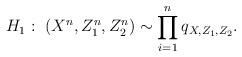
LaTeX: \begin{align*}H_1: \ (X^{n},Z^{n}_{1},Z^{n}_{2}) \sim \prod_{i=1}^{n}q_{X,Z_1,Z_2}.\end{align*}